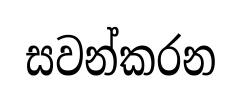
සවන්කරන